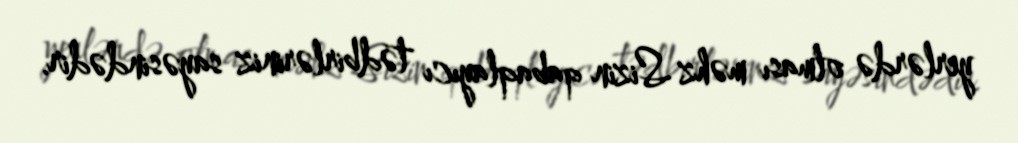
yerlərdə olması məhz Sizin qabaqlayıcı tədbirləriniz sayəsindədir.